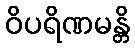
ဝိပရိဏမန္တိ